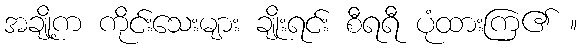
အချို့က ကိုင်းသေးများ ချိုးရင်း စီရရီ ပုံထားကြ၏ ။